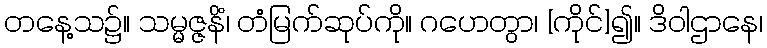
တနေ့သ၌။ သမ္မဇ္ဇနိံ၊ တံမြက်ဆုပ်ကို။ ဂဟေတွာ၊ [ကိုင်]၍။ ဒိဝါဌာနေ၊